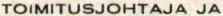
TOIMITUSJOHTAJA JA